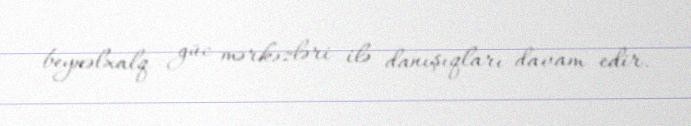
beynəlxalq güc mərkəzləri ilə danışıqları davam edir.